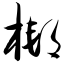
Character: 梆